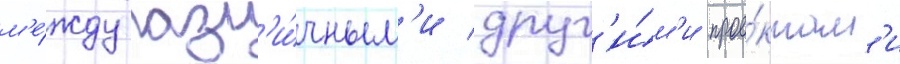
м'е́жду разл'и́чным'и друг'и́м'и прое́ктам'и